Report on plague and inoculation in the Punjab from October 1st ... to September 30th..., being the ... season of plague in the province
Disease focus: Plague
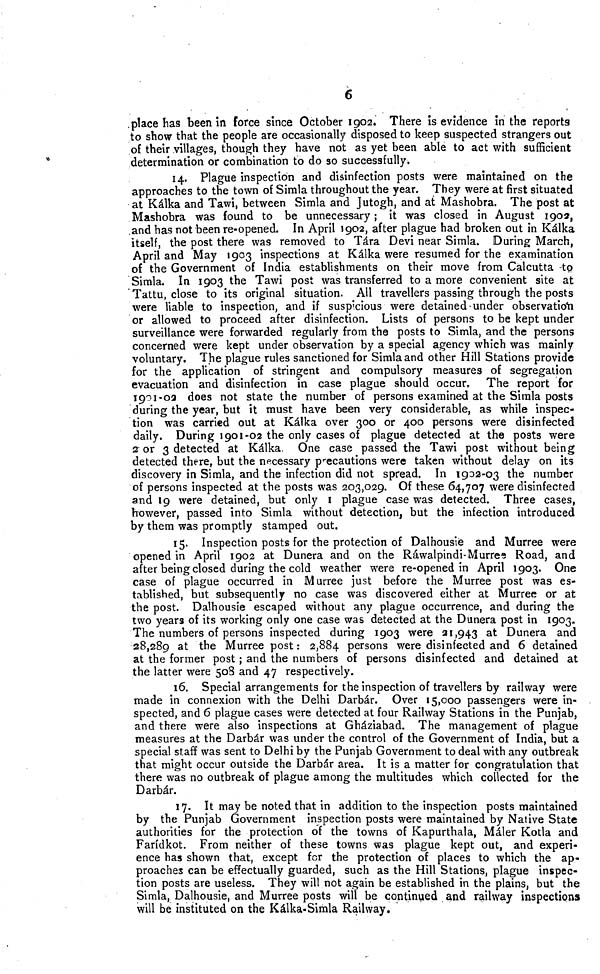
6
place has been in force since October 1902. There is evidence in the reports
to show that the people are occasionally disposed to keep suspected strangers out
of their villages, though they have not as yet been able to act with sufficient
determination or combination to do so successfully.
14. Plague inspection and disinfection posts were maintained on the
approaches to the town of Simla throughout the year. They were at first situated
at Kálka and Tawi, between Simla and Jutogh, and at Mashobra. The post at
Mashobra was found to be unnecessary ; it was closed in August 1903,
and has not been re-opened. In April 1902, after plague had broken out in Kálka
itself, the post there was removed to Tára Devi near Simla. During March,
April and May 1903 inspections at Kálka were resumed for the examination
of the Government of India establishments on their move from Calcutta to
Simla. In 1903 the Tawi post was transferred to a more convenient site at
Tattu, close to its original situation. All travellers passing through the posts
were liable to inspection, and if suspicious were detained under observation
or allowed to proceed after disinfection. Lists of persons to be kept under
surveillance were forwarded regularly from the posts to Simla, and the persons
concerned were kept under observation by a special agency which was mainly
voluntary. The plague rules sanctioned for Simla and other Hill Stations provide
for the application of stringent and compulsory measures of segregation
evacuation and disinfection in case plague should occur. The report for
1901-02 does not state the number of persons examined at the Simla posts
during the year, but it must have been very considerable, as while inspec-
tion was carried out at Kálka over 300 or 400 persons were disinfected
daily. During 1901-02 the only cases of plague detected at the posts were
2 or 3 detected at Kálka. One case passed the Tawi post without being
detected there, but the necessary precautions were taken without delay on its
discovery in Simla, and the infection did not spread. In 1902-03 the number
of persons inspected at the posts was 203,029. Of these 64,707 were disinfected
and 19 were detained, but only 1 plague case was detected. Three cases,
however, passed into Simla without detection, but the infection introduced
by them was promptly stamped out.
15. Inspection posts for the protection of Dalhousie and Murree were
opened in April 1902 at Dunera and on the Ráwalpindi-Murree Road, and
after being closed during the cold weather were re-opened in April 1903. One
case of plague occurred in Murree just before the Murree post was es-
tablished, but subsequently no case was discovered either at Murree; or at
the post. Dalhousie escaped without any plague occurrence, and during the
two years of its working only one case was detected at the Dunera post in 1903,
The numbers of persons inspected during 1903 were 21,943 at Dunera and
28,289 at the Murree post: 2,884 persons were disinfected and 6 detained
at the former post ; and the numbers of persons disinfected and detained at
the latter were 508 and 47 respectively.
16. Special arrangements for the inspection of travellers by railway were
made in connexion with the Delhi Darbár. Over 15,000 passengers were in-
spected, and 6 plague cases were detected at four Railway Stations in the Punjab,
and there were also inspections at Gháziabad. The management of plague
measures at the Darbár was under the control of the Government of India, but a
special staff was sent to Delhi by the Punjab Government to deal with any outbreak
that might occur outside the Darbár area. It is a matter for congratulation that
there was no outbreak of plague among the multitudes which collected for the
Darbár.
17. It may be noted that in addition to the inspection posts maintained
by the Punjab Government inspection posts were maintained by Native State
authorities for the protection of the towns of Kapurthala, Máler Kotla and
Faridkot. From neither of these towns was plague kept out, and experi-
ence has shown that, except for the protection of places to which the ap-
proaches can be effectually guarded, such as the Hill Stations, plague inspec-
tion posts are useless. They will not again be established in the plains, but the
Simla, Dalhousie, and Murree posts will be continued and railway inspections
will be instituted on the Kálka-Simla Railway.